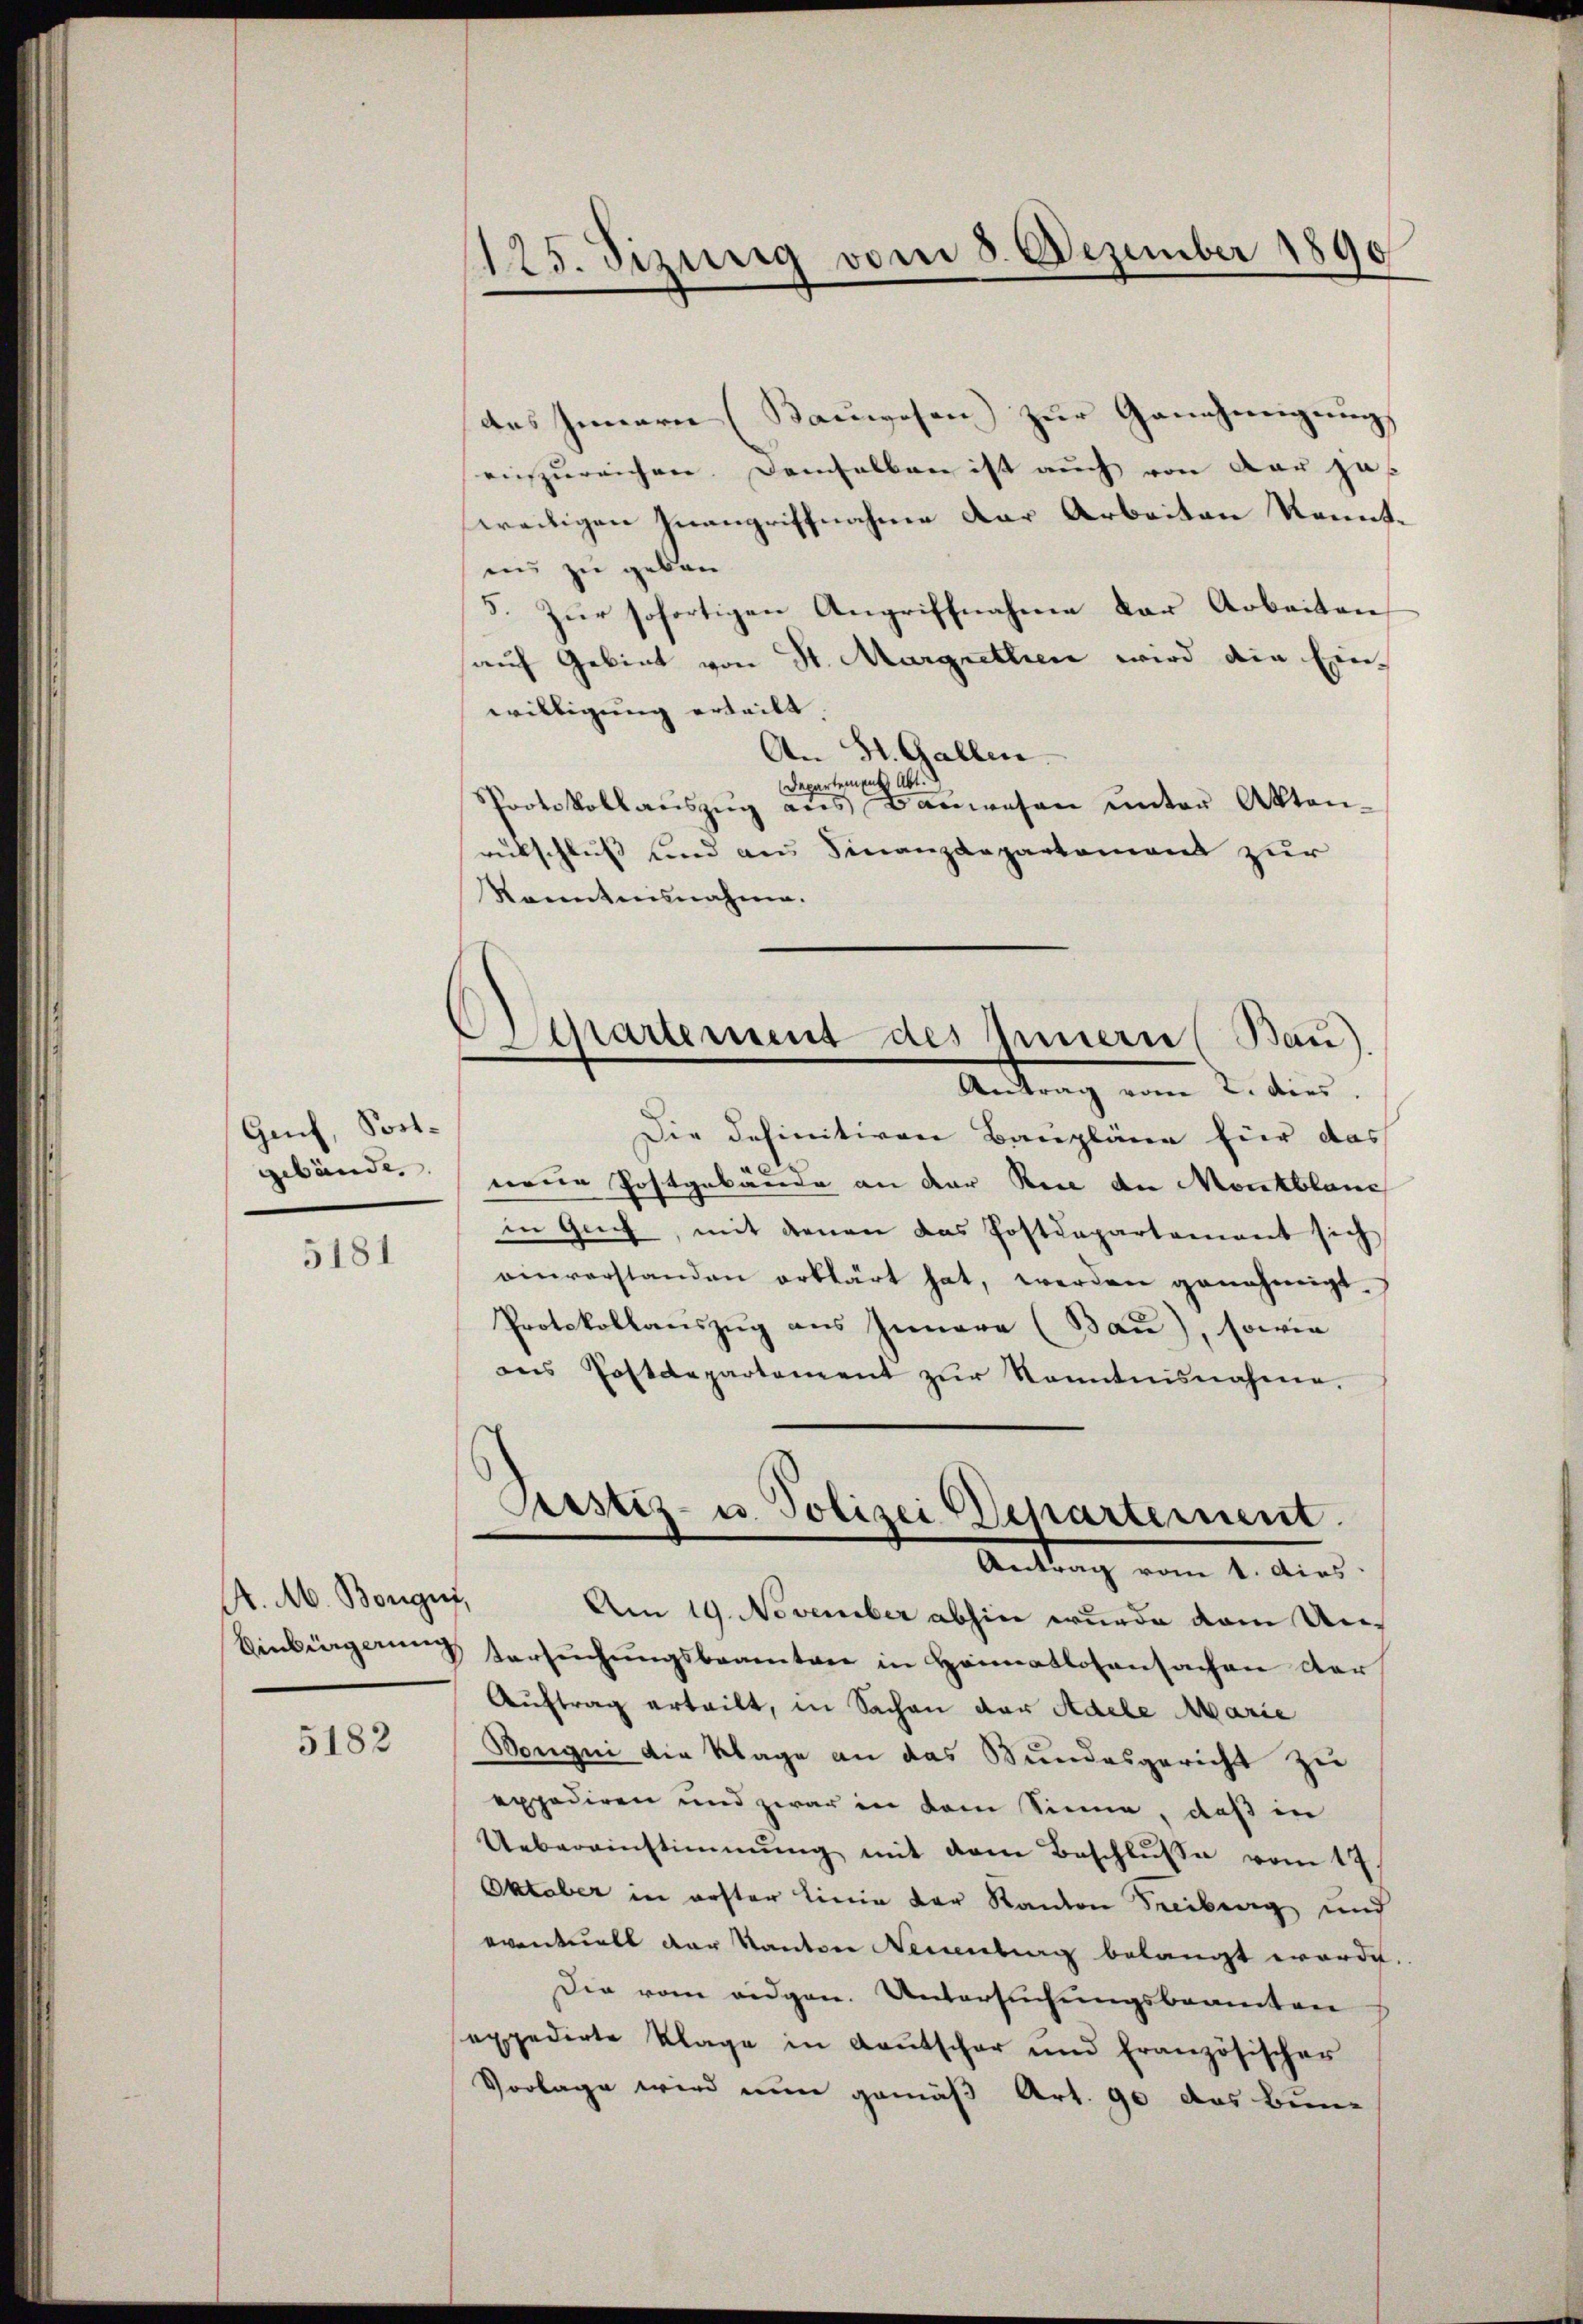
Guch, Postgebäude,

5181

A. M. Bongus,

5182

125. dizung vom 5. Dezember 1890

Departement des Innern (Bau),
Antrag vom 2. dies

des Innern (Kauwesen zur Genehmigungs
einzureichen. Demselben ist auch von der ja
weitigen Inangriffnahme der Arbeiten Kennteis zu geben
5. Zur sofortigen Angriffnahme der Arbeiten
auf Gebiet von St. Margrethen wird die Einwilligung erteilt.
An St. Gallen
Departement Abt.
Protokollaŭszŭg aŭs Bauwesen ŭnter Akten-
rückschluß und an Finanzdepartament zur
Kanntnisnahme.
Die definitiven Baupläne hier das
neue Postgebäude an der Rece an Montblanc
in Genf, mit denen das Postdepartement sich
einverstanden erklärt hat, werden genehmigt.
Protokollauszug aus Innere (Bau), sowie
ans Postdepartement zŭr Kenntnisnahme.
Prastiz- u. Polizei Departement
Antrag vom 1. dies
Am 19. November abhin wurde vom Un¬
Einbürgerung ersŭchŭngsbeamten in Heimatlosensachen der
Auftrag erteilt, in Sachen der Adele Marie
Wongni die Klage an das Bundesgericht zu
expediren und zwar in dem Sinne, daß in
Uebereinstimmung mit dem Beschlŭsse vom 17.
Oktober in erster Linie der Kanton Freiberg und
eventuell der Kanton Neuenburg belangt worde.
Die vom eidgen. Untersuchungsbeamten
sexpedirte Klage in Kautscher und französischer
Vorlage wird nun gemäß Art. 90 das Bun-